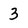
Character: 3